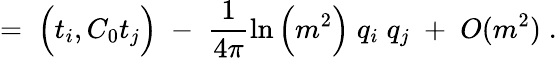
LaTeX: =\; \Big(t_{i},C_{0}t_{j}\Big)\; -\; \frac{1}{4\pi}\ln\Big(m^{2}\Big)\; q_{i}\; q_{j}\; +\; O(m^{2})\; .